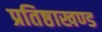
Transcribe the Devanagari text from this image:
प्रतिष्ठाखण्ड